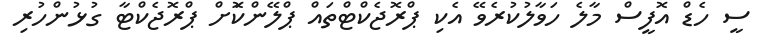
ސީ ހެޑް އޮފީސް މާލެ ހަވާލުކުރެވޭ އެކި ޕްރޮޖެކްޓްތައް ޕްލޭންކޮަށް ޕްރޮޖެކްޓާ ގުޅުންހުރި